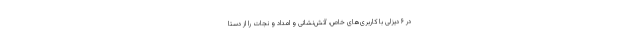
در ۶ دیزلی با کاربری‌های خاص، آتش‌نشانی و امداد و نجات را از دستا